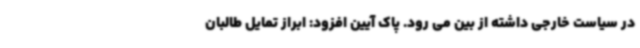
در سیاست خارجی داشته از بین می رود. پاک آیین افزود: ابراز تمایل طالبان